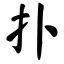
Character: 扑